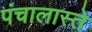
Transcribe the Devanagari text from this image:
पंचालास्ते